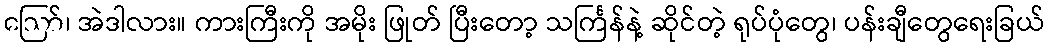
ဪ၊ အဲဒါလား။ ကားကြီးကို အမိုး ဖြုတ် ပြီးတော့ သင်္ကြန်နဲ့ ဆိုင်တဲ့ ရုပ်ပုံတွေ၊ ပန်းချီတွေရေးခြယ်